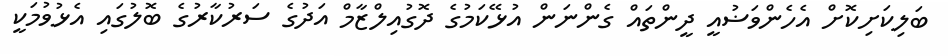
ބަލިކަށިކޮށް އެހެންވަޟުއީ ދީންތައް ގެންނަން އުޅޭކަމުގެ ދޮގުއިލްޒާމް އަދުގެ ސަރުކާރުގެ ބޮލުގައި އެޅުވުމަކީ